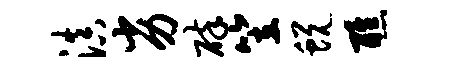
滇劣碎笠蜕醮